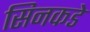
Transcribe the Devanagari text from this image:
सिनकडे